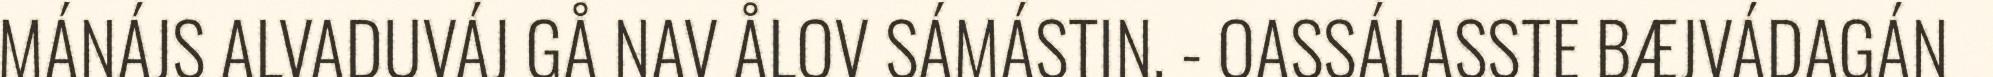
MÁNÁJS ALVADUVÁJ GÅ NAV ÅLOV SÁMÁSTIN. - OASSÁLASSTE BÆJVÁDAGÁN